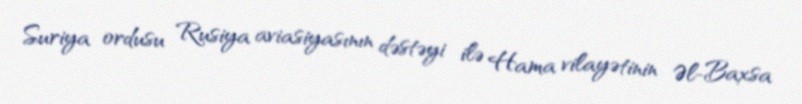
Suriya ordusu Rusiya aviasiyasının dəstəyi ilə Hama vilayətinin Əl-Baxsa